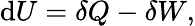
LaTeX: \mathrm{d}U=\delta Q-\delta W,